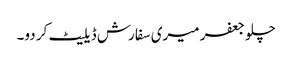
چلو جعفر میری سفارش ڈیلیٹ کر دو۔